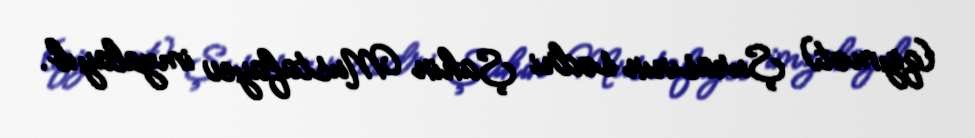
(qiymət) Şurasının sədri Şahin Mustafayev imzalayıb.